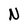
Character: N